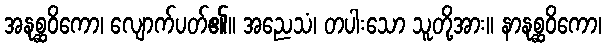
အနုစ္ဆဝိကော၊ လျောက်ပတ်၏။ အညေသံ၊ တပါးသော သူတို့အား။ နာနုစ္ဆဝိကော၊